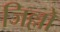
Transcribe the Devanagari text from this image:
जिल्लो